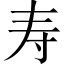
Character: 寿